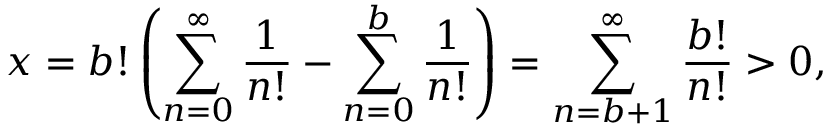
x = b ! \left( \sum _ { n = 0 } ^ { \infty } { \frac { 1 } { n ! } } - \sum _ { n = 0 } ^ { b } { \frac { 1 } { n ! } } \right) = \sum _ { n = b + 1 } ^ { \infty } { \frac { b ! } { n ! } } > 0 ,